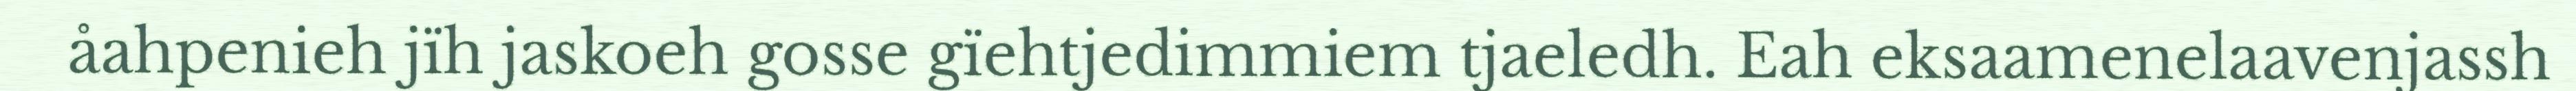
åahpenieh jïh jaskoeh gosse gïehtjedimmiem tjaeledh. Eah eksaamenelaavenjassh